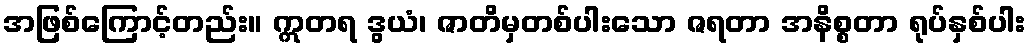
အဖြစ်ကြောင့်တည်း။ ဣတရ ဒွယံ၊ ဇာတိမှတစ်ပါးသော ဇရတာ အနိစ္စတာ ရုပ်နှစ်ပါး